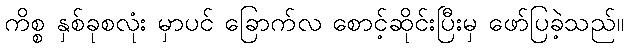
ကိစ္စ နှစ်ခုစလုံး မှာပင် ခြောက်လ စောင့်ဆိုင်းပြီးမှ ဖော်ပြခဲ့သည်။